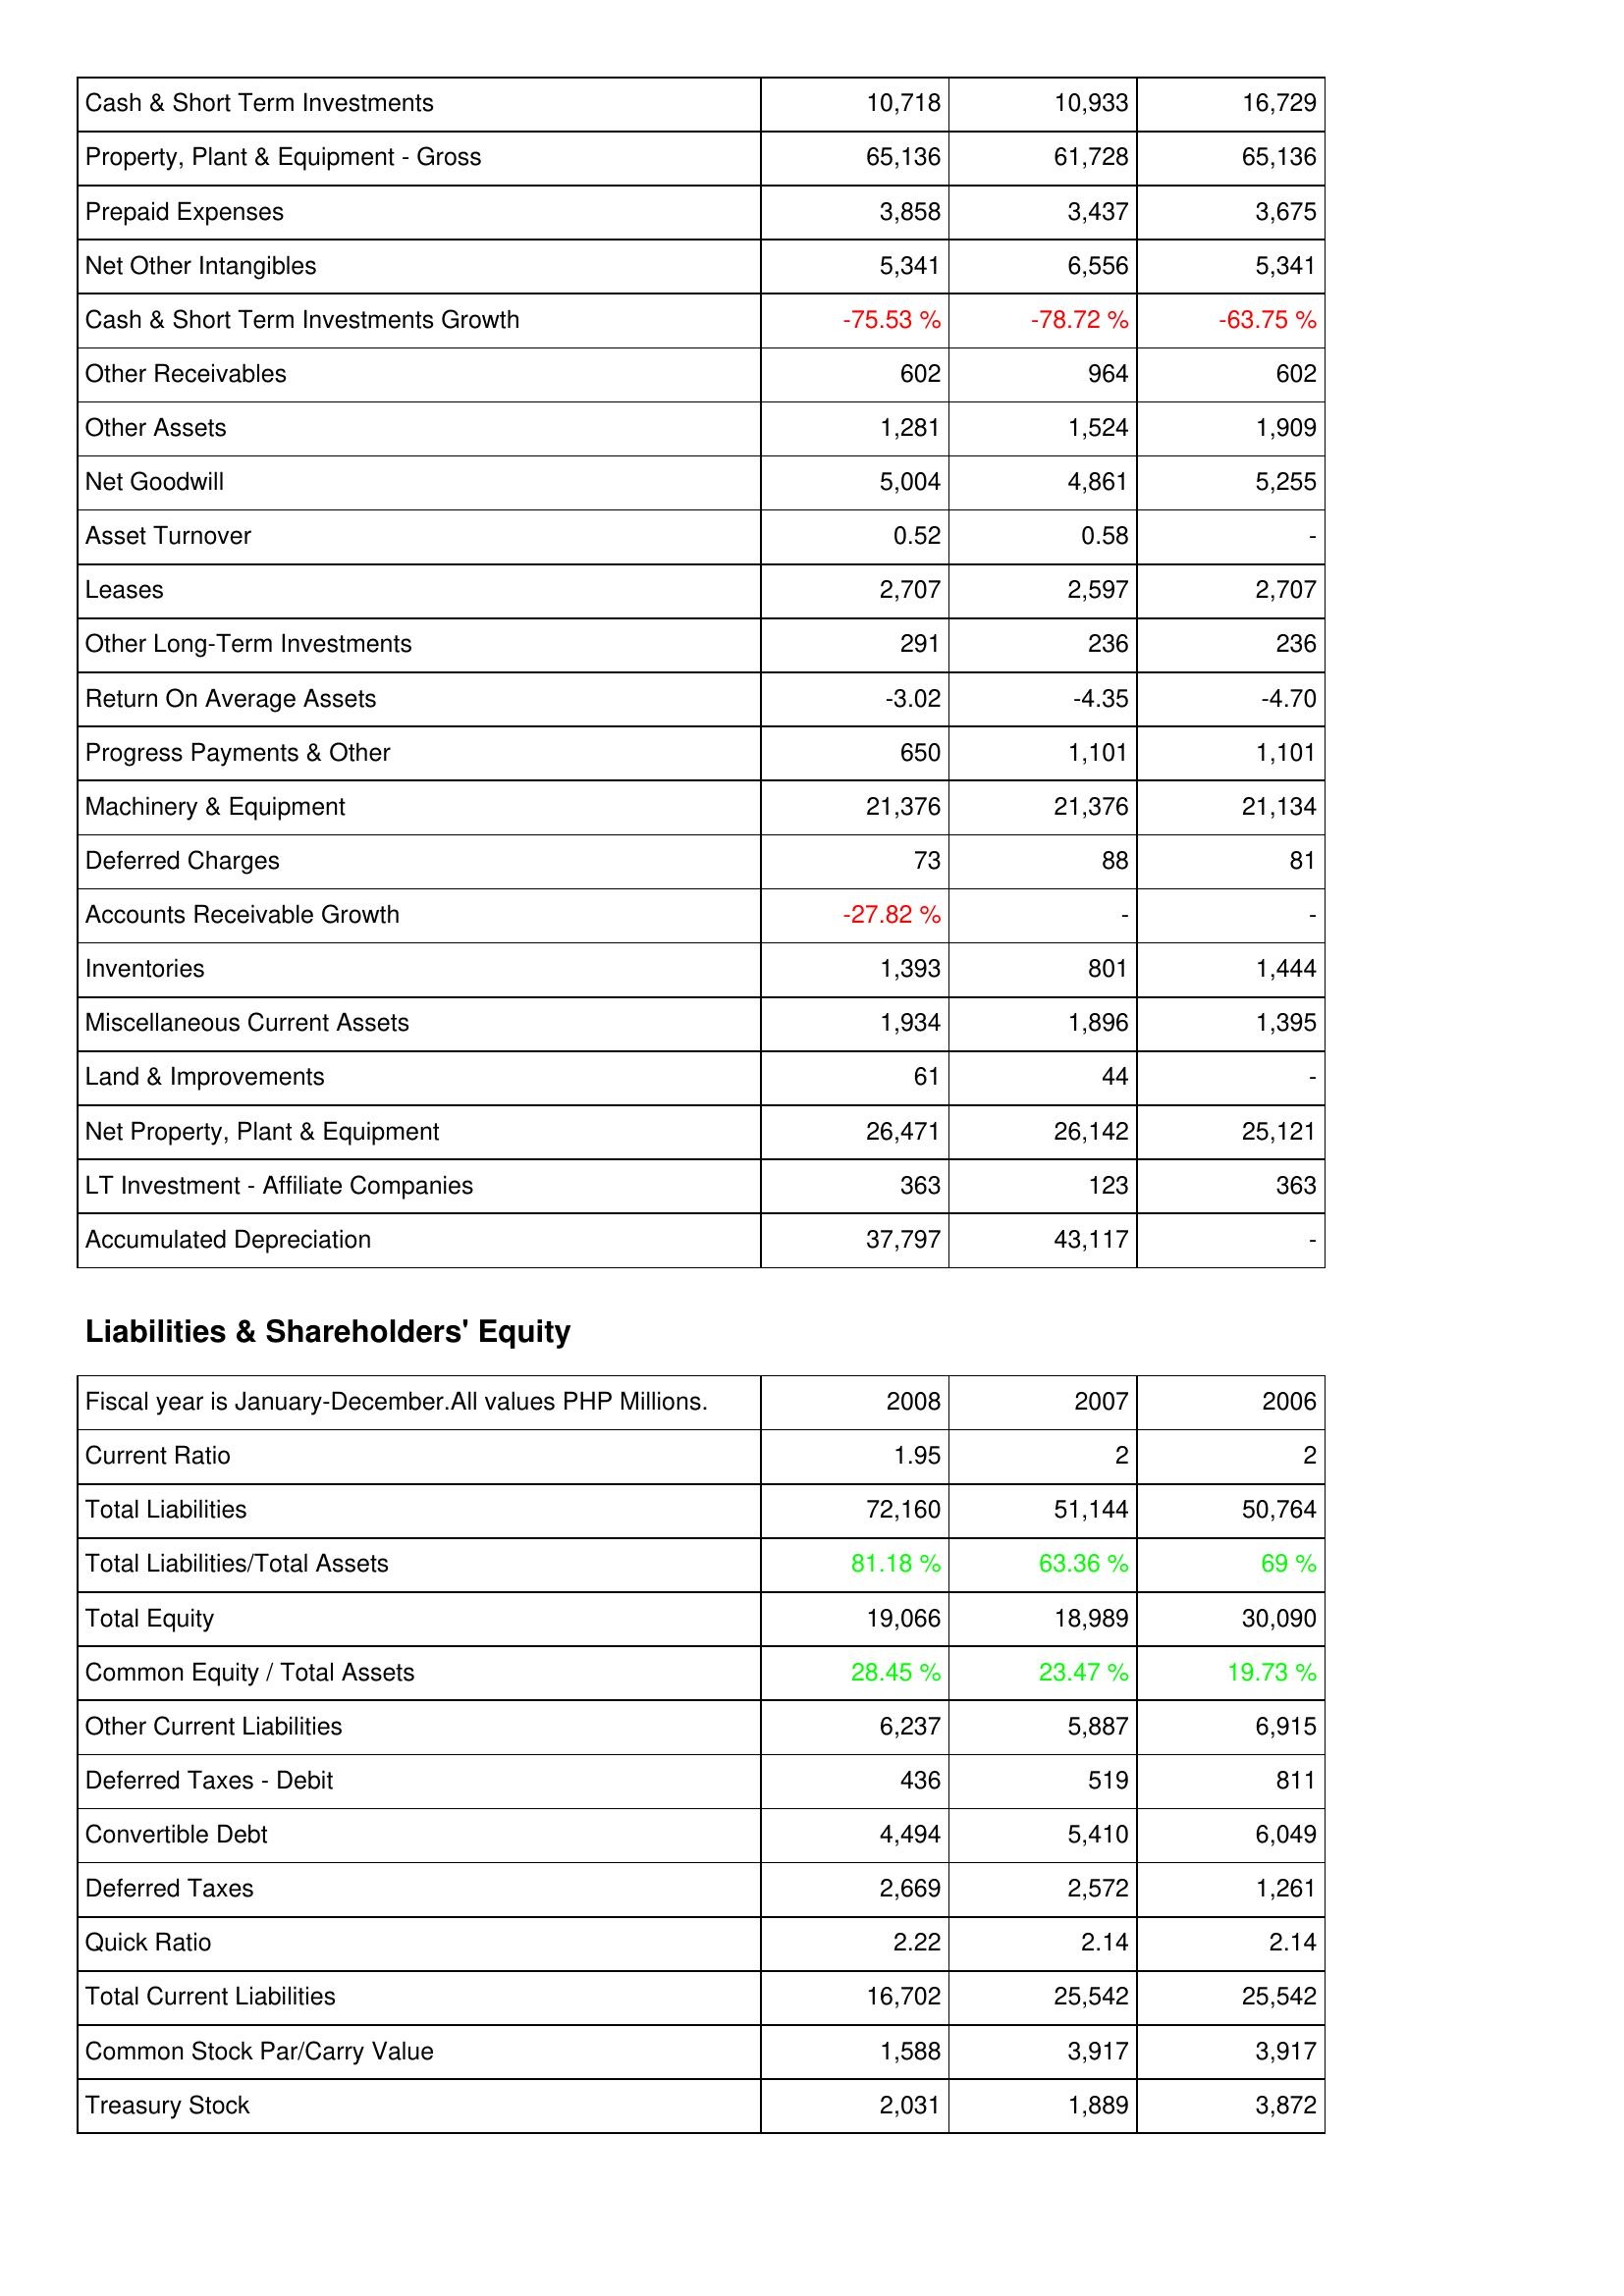
2008: Assets: Cash & Short Term Investments: 10,718
Property, Plant & Equipment - Gross: 65,136
Prepaid Expenses: 3,858
Net Other Intangibles: 5,341
Cash & Short Term Investments Growth: -75.53 %
Other Receivables: 602
Other Assets: 1,281
Net Goodwill: 5,004
Asset Turnover: 0.52
Leases: 2,707
Other Long-Term Investments: 291
Return On Average Assets: -3.02
Progress Payments & Other: 650
Machinery & Equipment: 21,376
Deferred Charges: 73
Accounts Receivable Growth: -27.82 %
Inventories: 1,393
Miscellaneous Current Assets: 1,934
Land & Improvements: 61
Net Property, Plant & Equipment: 26,471
LT Investment - Affiliate Companies: 363
Accumulated Depreciation: 37,797
Liabilities & Shareholders' Equity: Current Ratio: 1.95
Total Liabilities: 72,160
Total Liabilities/Total Assets: 81.18 %
Total Equity: 19,066
Common Equity / Total Assets: 28.45 %
Other Current Liabilities: 6,237
Deferred Taxes - Debit: 436
Convertible Debt: 4,494
Deferred Taxes: 2,669
Quick Ratio: 2.22
Total Current Liabilities: 16,702
Common Stock Par/Carry Value: 1,588
Treasury Stock: 2,031
2007: Assets: Cash & Short Term Investments: 10,933
Property, Plant & Equipment - Gross: 61,728
Prepaid Expenses: 3,437
Net Other Intangibles: 6,556
Cash & Short Term Investments Growth: -78.72 %
Other Receivables: 964
Other Assets: 1,524
Net Goodwill: 4,861
Asset Turnover: 0.58
Leases: 2,597
Other Long-Term Investments: 236
Return On Average Assets: -4.35
Progress Payments & Other: 1,101
Machinery & Equipment: 21,376
Deferred Charges: 88
Accounts Receivable Growth: -
Inventories: 801
Miscellaneous Current Assets: 1,896
Land & Improvements: 44
Net Property, Plant & Equipment: 26,142
LT Investment - Affiliate Companies: 123
Accumulated Depreciation: 43,117
Liabilities & Shareholders' Equity: Current Ratio: 2
Total Liabilities: 51,144
Total Liabilities/Total Assets: 63.36 %
Total Equity: 18,989
Common Equity / Total Assets: 23.47 %
Other Current Liabilities: 5,887
Deferred Taxes - Debit: 519
Convertible Debt: 5,410
Deferred Taxes: 2,572
Quick Ratio: 2.14
Total Current Liabilities: 25,542
Common Stock Par/Carry Value: 3,917
Treasury Stock: 1,889
2006: Assets: Cash & Short Term Investments: 16,729
Property, Plant & Equipment - Gross: 65,136
Prepaid Expenses: 3,675
Net Other Intangibles: 5,341
Cash & Short Term Investments Growth: -63.75 %
Other Receivables: 602
Other Assets: 1,909
Net Goodwill: 5,255
Asset Turnover: -
Leases: 2,707
Other Long-Term Investments: 236
Return On Average Assets: -4.70
Progress Payments & Other: 1,101
Machinery & Equipment: 21,134
Deferred Charges: 81
Accounts Receivable Growth: -
Inventories: 1,444
Miscellaneous Current Assets: 1,395
Land & Improvements: -
Net Property, Plant & Equipment: 25,121
LT Investment - Affiliate Companies: 363
Accumulated Depreciation: -
Liabilities & Shareholders' Equity: Current Ratio: 2
Total Liabilities: 50,764
Total Liabilities/Total Assets: 69 %
Total Equity: 30,090
Common Equity / Total Assets: 19.73 %
Other Current Liabilities: 6,915
Deferred Taxes - Debit: 811
Convertible Debt: 6,049
Deferred Taxes: 1,261
Quick Ratio: 2.14
Total Current Liabilities: 25,542
Common Stock Par/Carry Value: 3,917
Treasury Stock: 3,872